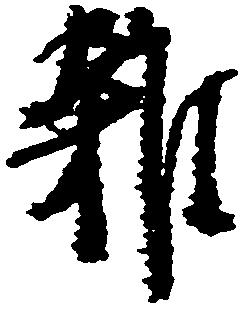
雑